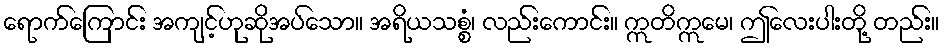
ရောက်ကြောင်း အကျင့်ဟုဆိုအပ်သော။ အရိယသစ္စံ၊ လည်းကောင်း။ ဣတိဣမေ၊ ဤလေးပါးတို့ တည်း။